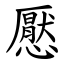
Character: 懕